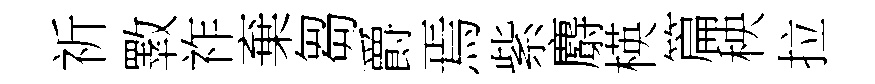
祈斁祚棄芻爵焉紫麝楧篇秧拉